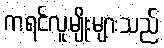
ကရင်လူမျိုးများသည်